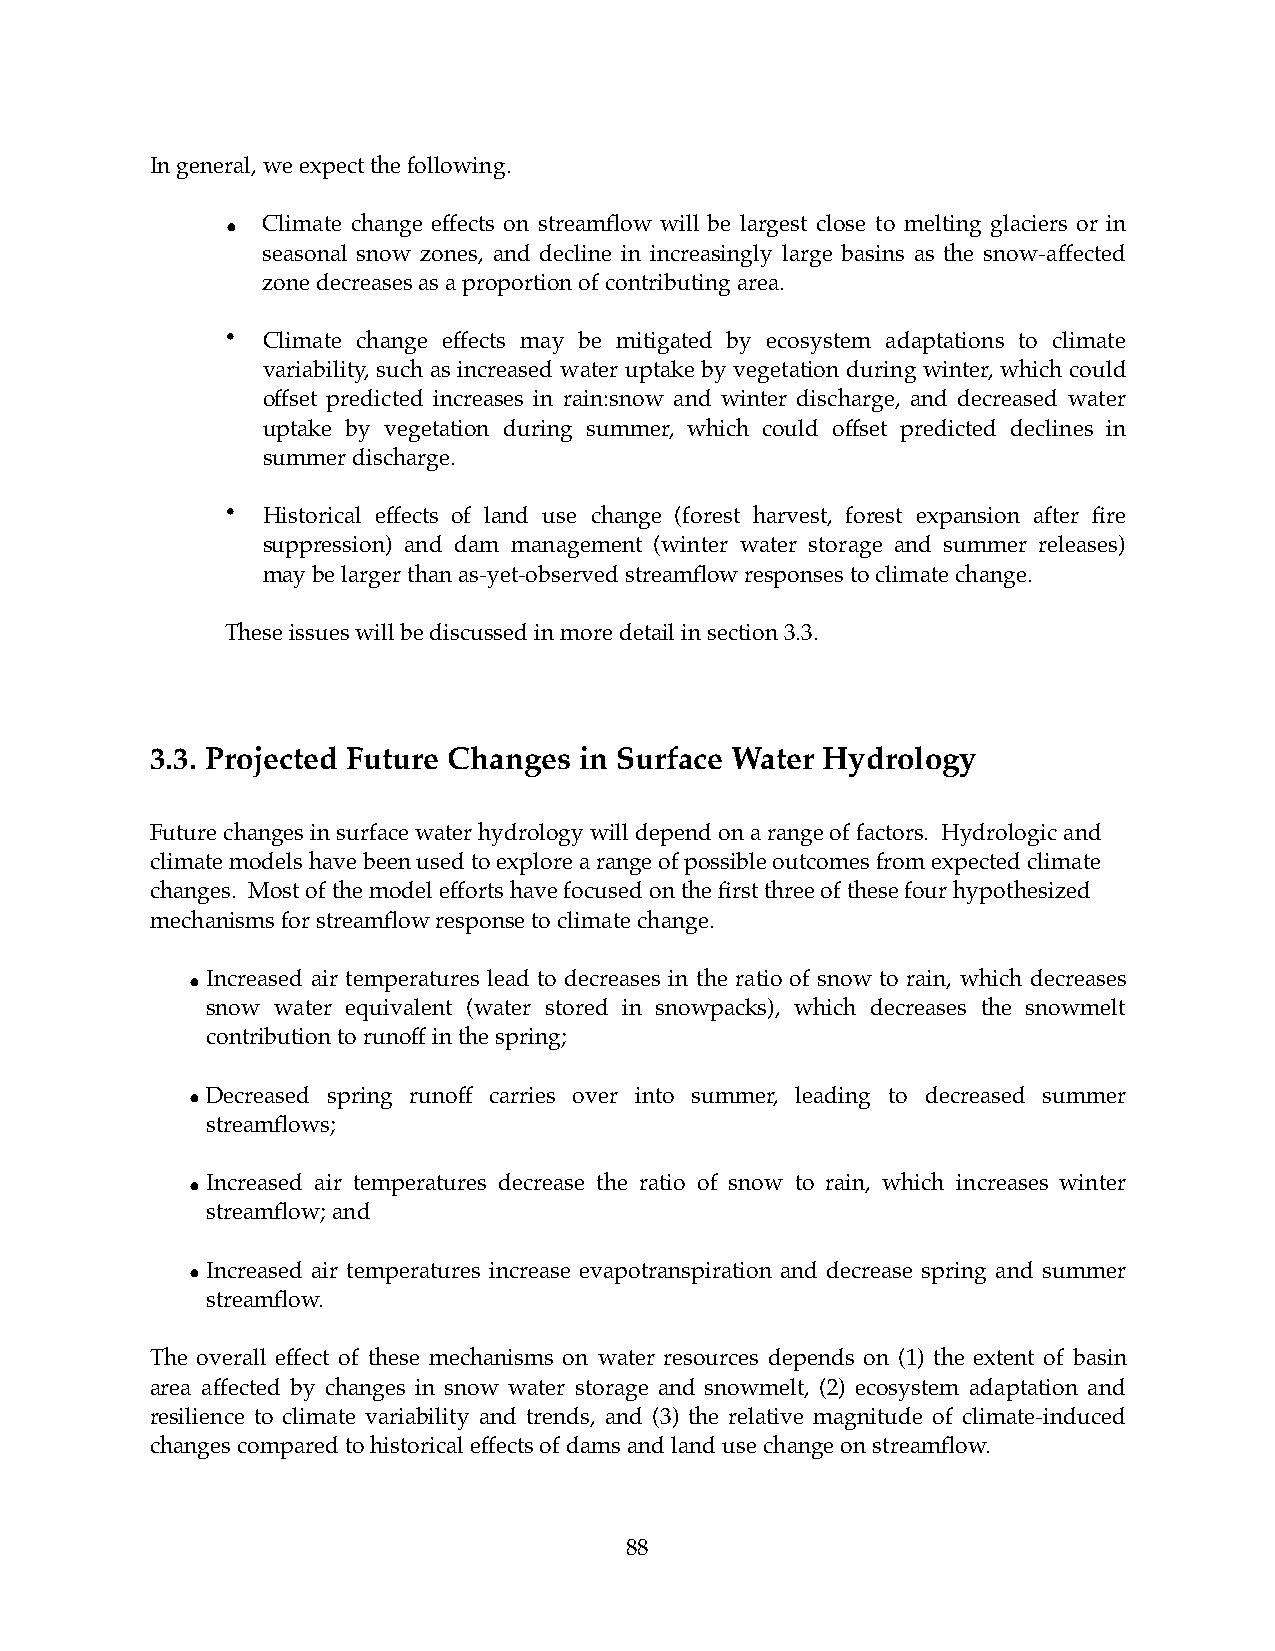
In general, we expect the following.
 •! Climate change effects on streamflow will be largest close to melting glaciers or in
 ! seasonal snow zones, and decline in increasingly large basins as the snow-affected
 ! zone decreases as a proportion of contributing area.
 • Climate change effects may be mitigated by ecosystem adaptations to climate
 variability, such as increased water uptake by vegetation during winter, which could
 offset predicted increases in rain:snow and winter discharge, and decreased water
 uptake by vegetation during summer, which could offset predicted declines in
 summer discharge.
 • Historical effects of land use change (forest harvest, forest expansion after fire
 suppression) and dam management (winter water storage and summer releases)
 may be larger than as-yet-observed streamflow responses to climate change.
 These issues will be discussed in more detail in section 3.3.
 3.3. Projected Future Changes in Surface Water Hydrology
 Future changes in surface water hydrology will depend on a range of factors. Hydrologic and
 climate models have been used to explore a range of possible outcomes from expected climate
 changes. Most of the model efforts have focused on the first three of these four hypothesized
 mechanisms for streamflow response to climate change.
 •Increased air temperatures lead to decreases in the ratio of snow to rain, which decreases
 snow water equivalent (water stored in snowpacks), which decreases the snowmelt
 contribution to runoff in the spring;
 •Decreased spring runoff carries over into summer, leading to decreased summer
 streamflows;
 •Increased air temperatures decrease the ratio of snow to rain, which increases winter
 streamflow; and
 •Increased air temperatures increase evapotranspiration and decrease spring and summer
 streamflow.
 The overall effect of these mechanisms on water resources depends on (1) the extent of basin
 area affected by changes in snow water storage and snowmelt, (2) ecosystem adaptation and
 resilience to climate variability and trends, and (3) the relative magnitude of climate-induced
 changes compared to historical effects of dams and land use change on streamflow.
 88